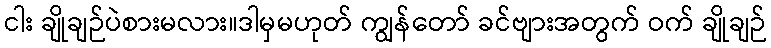
ငါး ချိုချဉ်ပဲစားမလား။ဒါမှမဟုတ် ကျွန်တော် ခင်ဗျားအတွက် ဝက် ချိုချဉ်